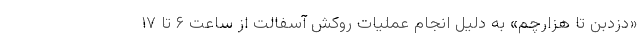
«دزدبن تا هزارچم» به دلیل انجام عملیات روکش آسفالت از ساعت ۶ تا ۱۷